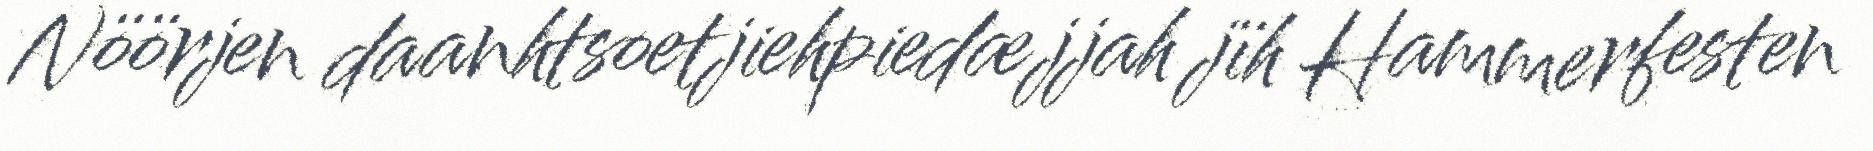
Nöörjen daanhtsoetjiehpiedæjjah jïh Hammerfesten